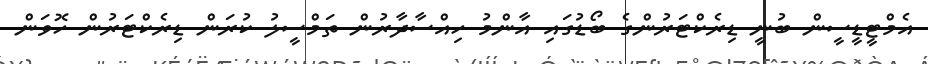
އެމްޓީޑީސީން ބުނީ ޑިރެކްޓަރުންގެ ބޯޑުގައި އާންމު ހިއްސާދާރުން ތަމްސީލު ކުރަން ޑިރެކްޓަރުން ހޮވަން